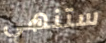
ستنهي